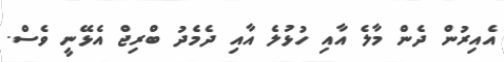
އެއިރުން ދެން މާލެ އާއި ހުޅުލެ އާއި ދެމެދު ބްރިޖް އެޅޭނީ ވެސް.